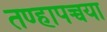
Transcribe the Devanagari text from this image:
तण्हापच्चया